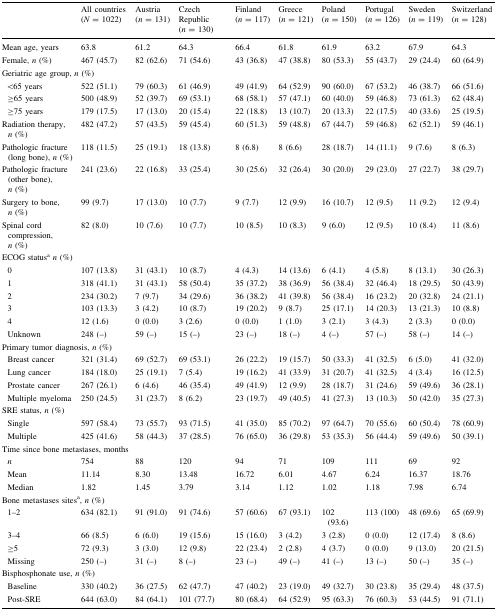
<table><thead><tr><td></td><td><b>All countries (<i>N</i> = 1022)</b></td><td><b>Austria (<i>n</i> = 131)</b></td><td><b>Czech Republic (<i>n</i> = 130)</b></td><td><b>Finland (<i>n</i> = 117)</b></td><td><b>Greece (<i>n</i> = 121)</b></td><td><b>Poland (<i>n</i> = 150)</b></td><td><b>Portugal (<i>n</i> = 126)</b></td><td><b>Sweden (<i>n</i> = 119)</b></td><td><b>Switzerland (<i>n</i> = 128)</b></td></tr></thead><tbody><tr><td>Mean age, years</td><td>63.8</td><td>61.2</td><td>64.3</td><td>66.4</td><td>61.8</td><td>61.9</td><td>63.2</td><td>67.9</td><td>64.3</td></tr><tr><td>Female, <i>n</i> (%)</td><td>467 (45.7)</td><td>82 (62.6)</td><td>71 (54.6)</td><td>43 (36.8)</td><td>47 (38.8)</td><td>80 (53.3)</td><td>55 (43.7)</td><td>29 (24.4)</td><td>60 (64.9)</td></tr><tr><td colspan="10">Geriatric age group, <i>n</i> (%)</td></tr><tr><td> &lt;65 years</td><td>522 (51.1)</td><td>79 (60.3)</td><td>61 (46.9)</td><td>49 (41.9)</td><td>64 (52.9)</td><td>90 (60.0)</td><td>67 (53.2)</td><td>46 (38.7)</td><td>66 (51.6)</td></tr><tr><td> ≥65 years</td><td>500 (48.9)</td><td>52 (39.7)</td><td>69 (53.1)</td><td>68 (58.1)</td><td>57 (47.1)</td><td>60 (40.0)</td><td>59 (46.8)</td><td>73 (61.3)</td><td>62 (48.4)</td></tr><tr><td> ≥75 years</td><td>179 (17.5)</td><td>17 (13.0)</td><td>20 (15.4)</td><td>22 (18.8)</td><td>13 (10.7)</td><td>20 (13.3)</td><td>22 (17.5)</td><td>40 (33.6)</td><td>25 (19.5)</td></tr><tr><td>Radiation therapy, <i>n</i> (%)</td><td>482 (47.2)</td><td>57 (43.5)</td><td>59 (45.4)</td><td>60 (51.3)</td><td>59 (48.8)</td><td>67 (44.7)</td><td>59 (46.8)</td><td>62 (52.1)</td><td>59 (46.1)</td></tr><tr><td>Pathologic fracture (long bone),<i> n</i> (%)</td><td>118 (11.5)</td><td>25 (19.1)</td><td>18 (13.8)</td><td>8 (6.8)</td><td>8 (6.6)</td><td>28 (18.7)</td><td>14 (11.1)</td><td>9 (7.6)</td><td>8 (6.3)</td></tr><tr><td>Pathologic fracture (other bone), <i>n</i> (%)</td><td>241 (23.6)</td><td>22 (16.8)</td><td>33 (25.4)</td><td>30 (25.6)</td><td>32 (26.4)</td><td>30 (20.0)</td><td>29 (23.0)</td><td>27 (22.7)</td><td>38 (29.7)</td></tr><tr><td>Surgery to bone, <i>n</i> (%)</td><td>99 (9.7)</td><td>17 (13.0)</td><td>10 (7.7)</td><td>9 (7.7)</td><td>12 (9.9)</td><td>16 (10.7)</td><td>12 (9.5)</td><td>11 (9.2)</td><td>12 (9.4)</td></tr><tr><td>Spinal cord compression, <i>n</i> (%)</td><td>82 (8.0)</td><td>10 (7.6)</td><td>10 (7.7)</td><td>10 (8.5)</td><td>10 (8.3)</td><td>9 (6.0)</td><td>12 (9.5)</td><td>10 (8.4)</td><td>11 (8.6)</td></tr><tr><td colspan="10">ECOG status<sup>a</sup><i>n</i> (%)</td></tr><tr><td> 0</td><td>107 (13.8)</td><td>31 (43.1)</td><td>10 (8.7)</td><td>4 (4.3)</td><td>14 (13.6)</td><td>6 (4.1)</td><td>4 (5.8)</td><td>8 (13.1)</td><td>30 (26.3)</td></tr><tr><td> 1</td><td>318 (41.1)</td><td>31 (43.1)</td><td>58 (50.4)</td><td>35 (37.2)</td><td>38 (36.9)</td><td>56 (38.4)</td><td>32 (46.4)</td><td>18 (29.5)</td><td>50 (43.9)</td></tr><tr><td> 2</td><td>234 (30.2)</td><td>7 (9.7)</td><td>34 (29.6)</td><td>36 (38.2)</td><td>41 (39.8)</td><td>56 (38.4)</td><td>16 (23.2)</td><td>20 (32.8)</td><td>24 (21.1)</td></tr><tr><td> 3</td><td>103 (13.3)</td><td>3 (4.2)</td><td>10 (8.7)</td><td>19 (20.2)</td><td>9 (8.7)</td><td>25 (17.1)</td><td>14 (20.3)</td><td>13 (21.3)</td><td>10 (8.8)</td></tr><tr><td> 4</td><td>12 (1.6)</td><td>0 (0.0)</td><td>3 (2.6)</td><td>0 (0.0)</td><td>1 (1.0)</td><td>3 (2.1)</td><td>3 (4.3)</td><td>2 (3.3)</td><td>0 (0.0)</td></tr><tr><td> Unknown</td><td>248 (–)</td><td>59 (–)</td><td>15 (–)</td><td>23 (–)</td><td>18 (–)</td><td>4 (–)</td><td>57 (–)</td><td>58 (–)</td><td>14 (–)</td></tr><tr><td colspan="10">Primary tumor diagnosis, <i>n</i> (%)</td></tr><tr><td> Breast cancer</td><td>321 (31.4)</td><td>69 (52.7)</td><td>69 (53.1)</td><td>26 (22.2)</td><td>19 (15.7)</td><td>50 (33.3)</td><td>41 (32.5)</td><td>6 (5.0)</td><td>41 (32.0)</td></tr><tr><td> Lung cancer</td><td>184 (18.0)</td><td>25 (19.1)</td><td>7 (5.4)</td><td>19 (16.2)</td><td>41 (33.9)</td><td>31 (20.7)</td><td>41 (32.5)</td><td>4 (3.4)</td><td>16 (12.5)</td></tr><tr><td> Prostate cancer</td><td>267 (26.1)</td><td>6 (4.6)</td><td>46 (35.4)</td><td>49 (41.9)</td><td>12 (9.9)</td><td>28 (18.7)</td><td>31 (24.6)</td><td>59 (49.6)</td><td>36 (28.1)</td></tr><tr><td> Multiple myeloma</td><td>250 (24.5)</td><td>31 (23.7)</td><td>8 (6.2)</td><td>23 (19.7)</td><td>49 (40.5)</td><td>41 (27.3)</td><td>13 (10.3)</td><td>50 (42.0)</td><td>35 (27.3)</td></tr><tr><td colspan="10">SRE status, <i>n</i> (%)</td></tr><tr><td> Single</td><td>597 (58.4)</td><td>73 (55.7)</td><td>93 (71.5)</td><td>41 (35.0)</td><td>85 (70.2)</td><td>97 (64.7)</td><td>70 (55.6)</td><td>60 (50.4)</td><td>78 (60.9)</td></tr><tr><td> Multiple</td><td>425 (41.6)</td><td>58 (44.3)</td><td>37 (28.5)</td><td>76 (65.0)</td><td>36 (29.8)</td><td>53 (35.3)</td><td>56 (44.4)</td><td>59 (49.6)</td><td>50 (39.1)</td></tr><tr><td colspan="10">Time since bone metastases, months</td></tr><tr><td> <i>n</i></td><td>754</td><td>88</td><td>120</td><td>94</td><td>71</td><td>109</td><td>111</td><td>69</td><td>92</td></tr><tr><td> Mean</td><td>11.14</td><td>8.30</td><td>13.48</td><td>16.72</td><td>6.01</td><td>4.67</td><td>6.24</td><td>16.37</td><td>18.76</td></tr><tr><td> Median</td><td>1.82</td><td>1.45</td><td>3.79</td><td>3.14</td><td>1.12</td><td>1.02</td><td>1.18</td><td>7.98</td><td>6.74</td></tr><tr><td colspan="10">Bone metastases sites<sup>a</sup>, <i>n</i> (%)</td></tr><tr><td> 1–2</td><td>634 (82.1)</td><td>91 (91.0)</td><td>91 (74.6)</td><td>57 (60.6)</td><td>67 (93.1)</td><td>102 (93.6)</td><td>113 (100)</td><td>48 (69.6)</td><td>65 (69.9)</td></tr><tr><td> 3–4</td><td>66 (8.5)</td><td>6 (6.0)</td><td>19 (15.6)</td><td>15 (16.0)</td><td>3 (4.2)</td><td>3 (2.8)</td><td>0 (0.0)</td><td>12 (17.4)</td><td>8 (8.6)</td></tr><tr><td> ≥5</td><td>72 (9.3)</td><td>3 (3.0)</td><td>12 (9.8)</td><td>22 (23.4)</td><td>2 (2.8)</td><td>4 (3.7)</td><td>0 (0.0)</td><td>9 (13.0)</td><td>20 (21.5)</td></tr><tr><td> Missing</td><td>250 (–)</td><td>31 (–)</td><td>8 (–)</td><td>23 (–)</td><td>49 (–)</td><td>41 (–)</td><td>13 (–)</td><td>50 (–)</td><td>35 (–)</td></tr><tr><td colspan="10">Bisphosphonate use, <i>n</i> (%)</td></tr><tr><td> Baseline</td><td>330 (40.2)</td><td>36 (27.5)</td><td>62 (47.7)</td><td>47 (40.2)</td><td>23 (19.0)</td><td>49 (32.7)</td><td>30 (23.8)</td><td>35 (29.4)</td><td>48 (37.5)</td></tr><tr><td> Post-SRE</td><td>644 (63.0)</td><td>84 (64.1)</td><td>101 (77.7)</td><td>80 (68.4)</td><td>64 (52.9)</td><td>95 (63.3)</td><td>76 (60.3)</td><td>53 (44.5)</td><td>91 (71.1)</td></tr></tbody></table>